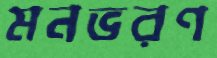
মনভরণ